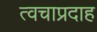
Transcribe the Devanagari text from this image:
त्वचाप्रदाह